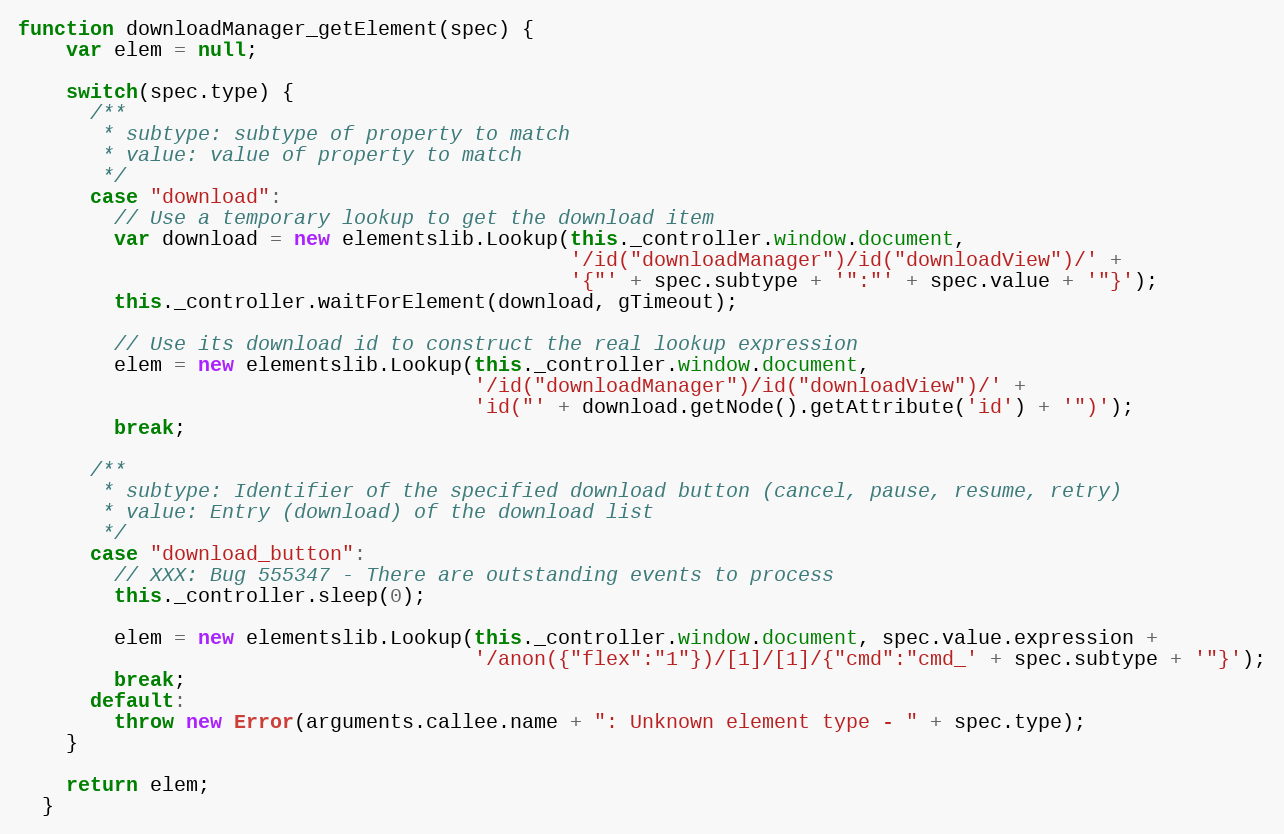
Language: JavaScript
function downloadManager_getElement(spec) {
    var elem = null;

    switch(spec.type) {
      /**
       * subtype: subtype of property to match
       * value: value of property to match
       */
      case "download":
        // Use a temporary lookup to get the download item
        var download = new elementslib.Lookup(this._controller.window.document,
                                              '/id("downloadManager")/id("downloadView")/' +
                                              '{"' + spec.subtype + '":"' + spec.value + '"}');
        this._controller.waitForElement(download, gTimeout);

        // Use its download id to construct the real lookup expression
        elem = new elementslib.Lookup(this._controller.window.document,
                                      '/id("downloadManager")/id("downloadView")/' +
                                      'id("' + download.getNode().getAttribute('id') + '")');
        break;

      /**
       * subtype: Identifier of the specified download button (cancel, pause, resume, retry)
       * value: Entry (download) of the download list
       */
      case "download_button":
        // XXX: Bug 555347 - There are outstanding events to process
        this._controller.sleep(0);

        elem = new elementslib.Lookup(this._controller.window.document, spec.value.expression +
                                      '/anon({"flex":"1"})/[1]/[1]/{"cmd":"cmd_' + spec.subtype + '"}');
        break;
      default:
        throw new Error(arguments.callee.name + ": Unknown element type - " + spec.type);
    }

    return elem;
  }